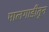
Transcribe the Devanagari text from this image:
मालगाडीतून